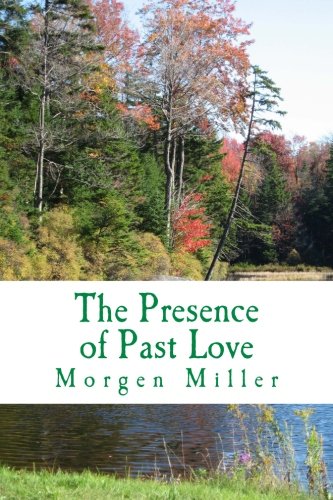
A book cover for The Presence of Past Love; Morgen Miller; Romance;